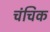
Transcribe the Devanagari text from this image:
चंचिक